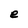
Character: e